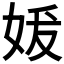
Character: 𰋼